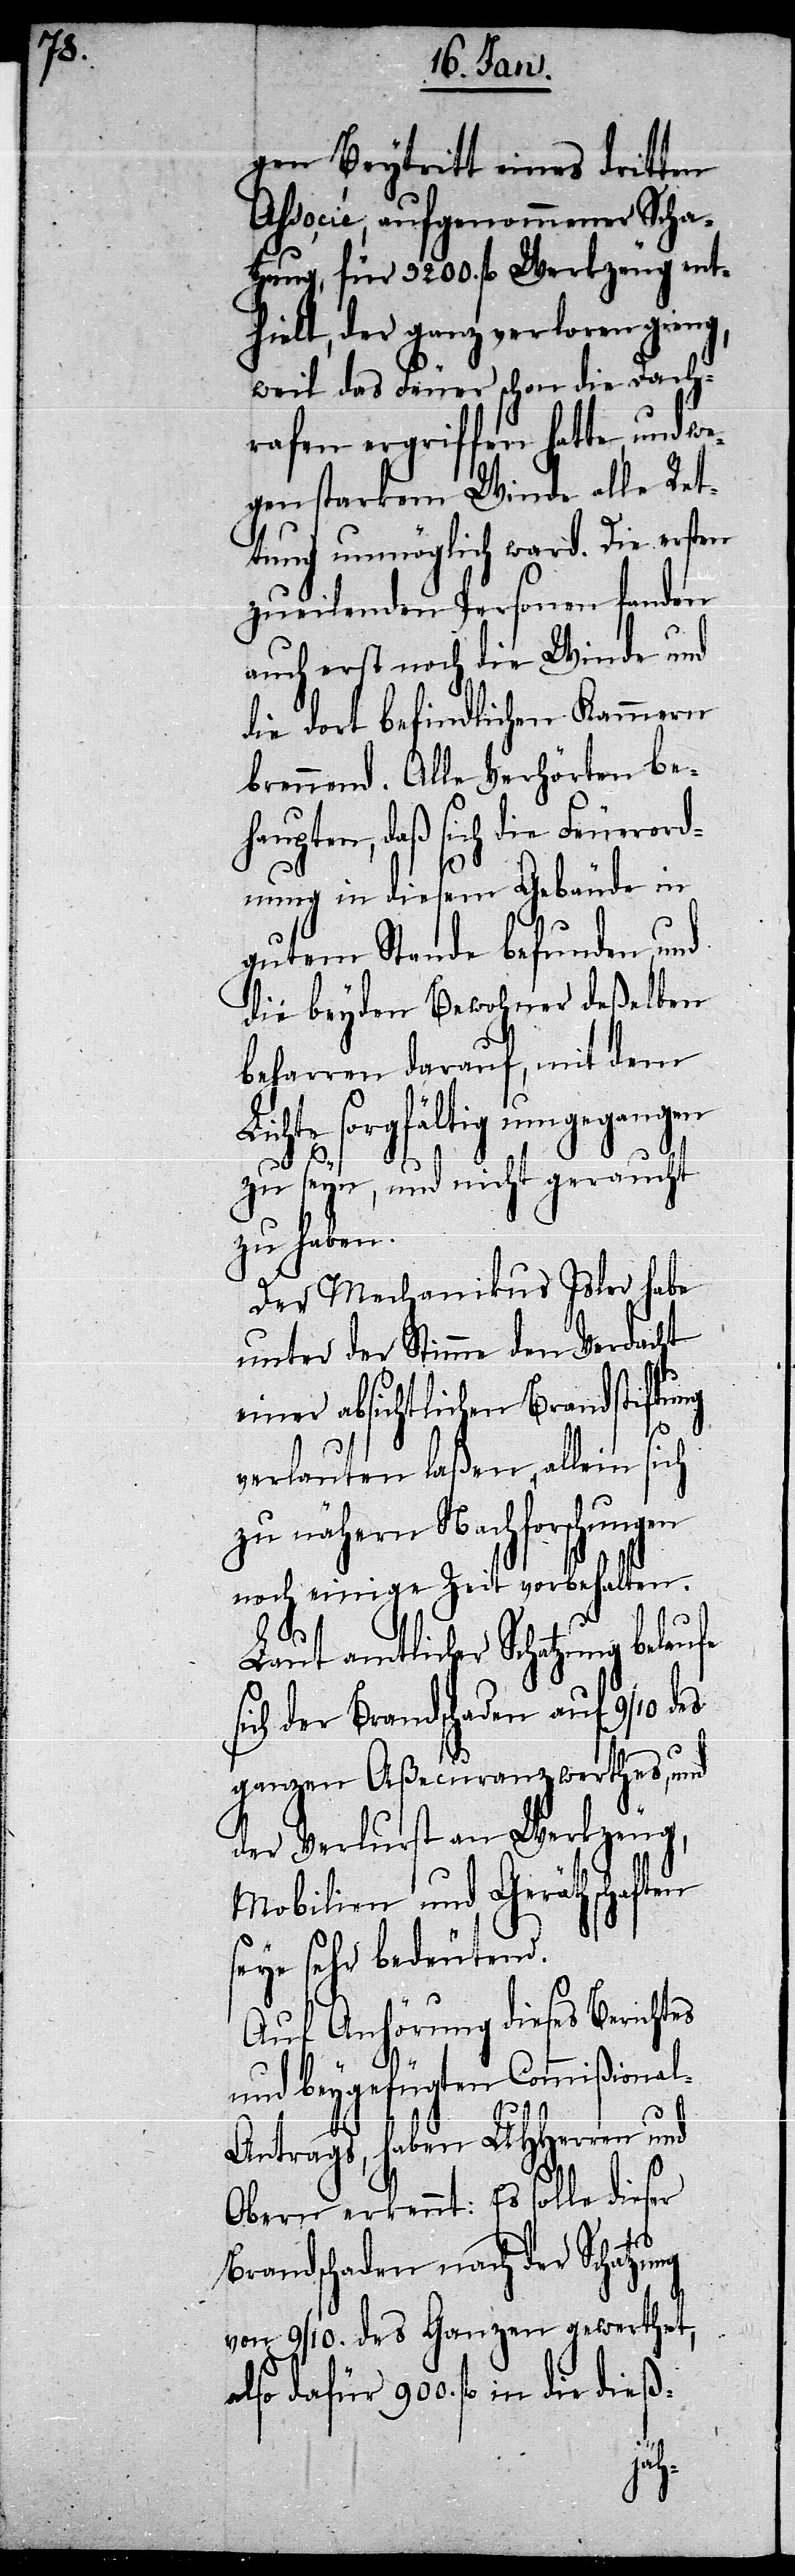
gen Beytritt eines dritten
Associé, aufgenommener Scha¬
tzung, für 3200. fl. Werkzeug ent¬
hielt, der ganz verloren gieng,
weil das Feuer schon die Dach¬
rafen ergriffen hatte, und we¬
gen starkem Winde alle Ret¬
tung unmöglich ward. Die ersten
zueilenden Personen fanden
auch erst noch die Winde und
die dort befindlichen Kammern
brennend. Alle Verhörten be¬
haupten, daß sich die Feuerord¬
nung in diesem Gebäude in
gutem Stande befunden, und
die beyden Bewohner deßelben
beharren darauf, mit dem
ichte sorgfältig umgegangen
zu seyn, und nicht geraucht
zu haben.
Der Mechanikus Isler habe
unter der Stimme den Verdacht
einer absichtlichen Brandstiftung
ieß-
verlauten laßen, allein sich
zu nähern Nachforschungen
noch einige Zeit vorbehalten.
Laut amtlicher Schatzung belaufe
sich der Brandschaden auf 9/10 des
ganzen Aßecuranzwerthes, und
der Verlurst an Werkzeug,
Mobilien und Geräthschaften
seye sehr bedeutend.
Auf Anhörung dieses Berichtes
und beygefügten Commißiona¬
ntrags, haben UHHerren und
Obern erkennt: Es solle dieser
l-A¬
Brandschaden nach der Schatzung
von 9/10. des Ganzen gewerthet,
also dafür 900. fl. in die d¬
L¬